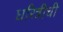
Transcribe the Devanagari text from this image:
धरित्रीची